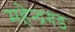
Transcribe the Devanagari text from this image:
महेन्द्रगड